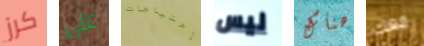
كرز على إحتياجات ليس هناك معك